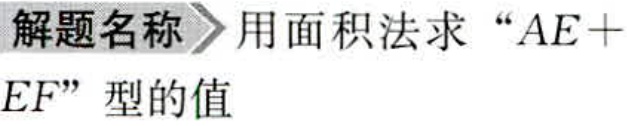
解题名称 用面积法求“\(AE + EF\)”型的值